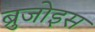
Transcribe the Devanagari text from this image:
ब्रुजोइस